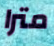
مترا